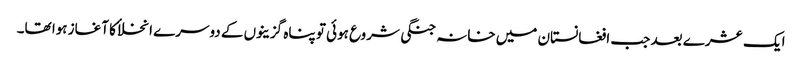
ایک عشرے بعد جب افغانستان میں خانہ جنگی شروع ہوئی تو پناہ گزینوں کے دوسرے انخلاٴ کا آغاز ہوا تھا۔